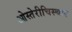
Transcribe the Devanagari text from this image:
ओस्तेरीचिस्चार